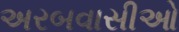
અરબવાસીઓ